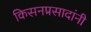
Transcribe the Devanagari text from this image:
किसनप्रसादांनी